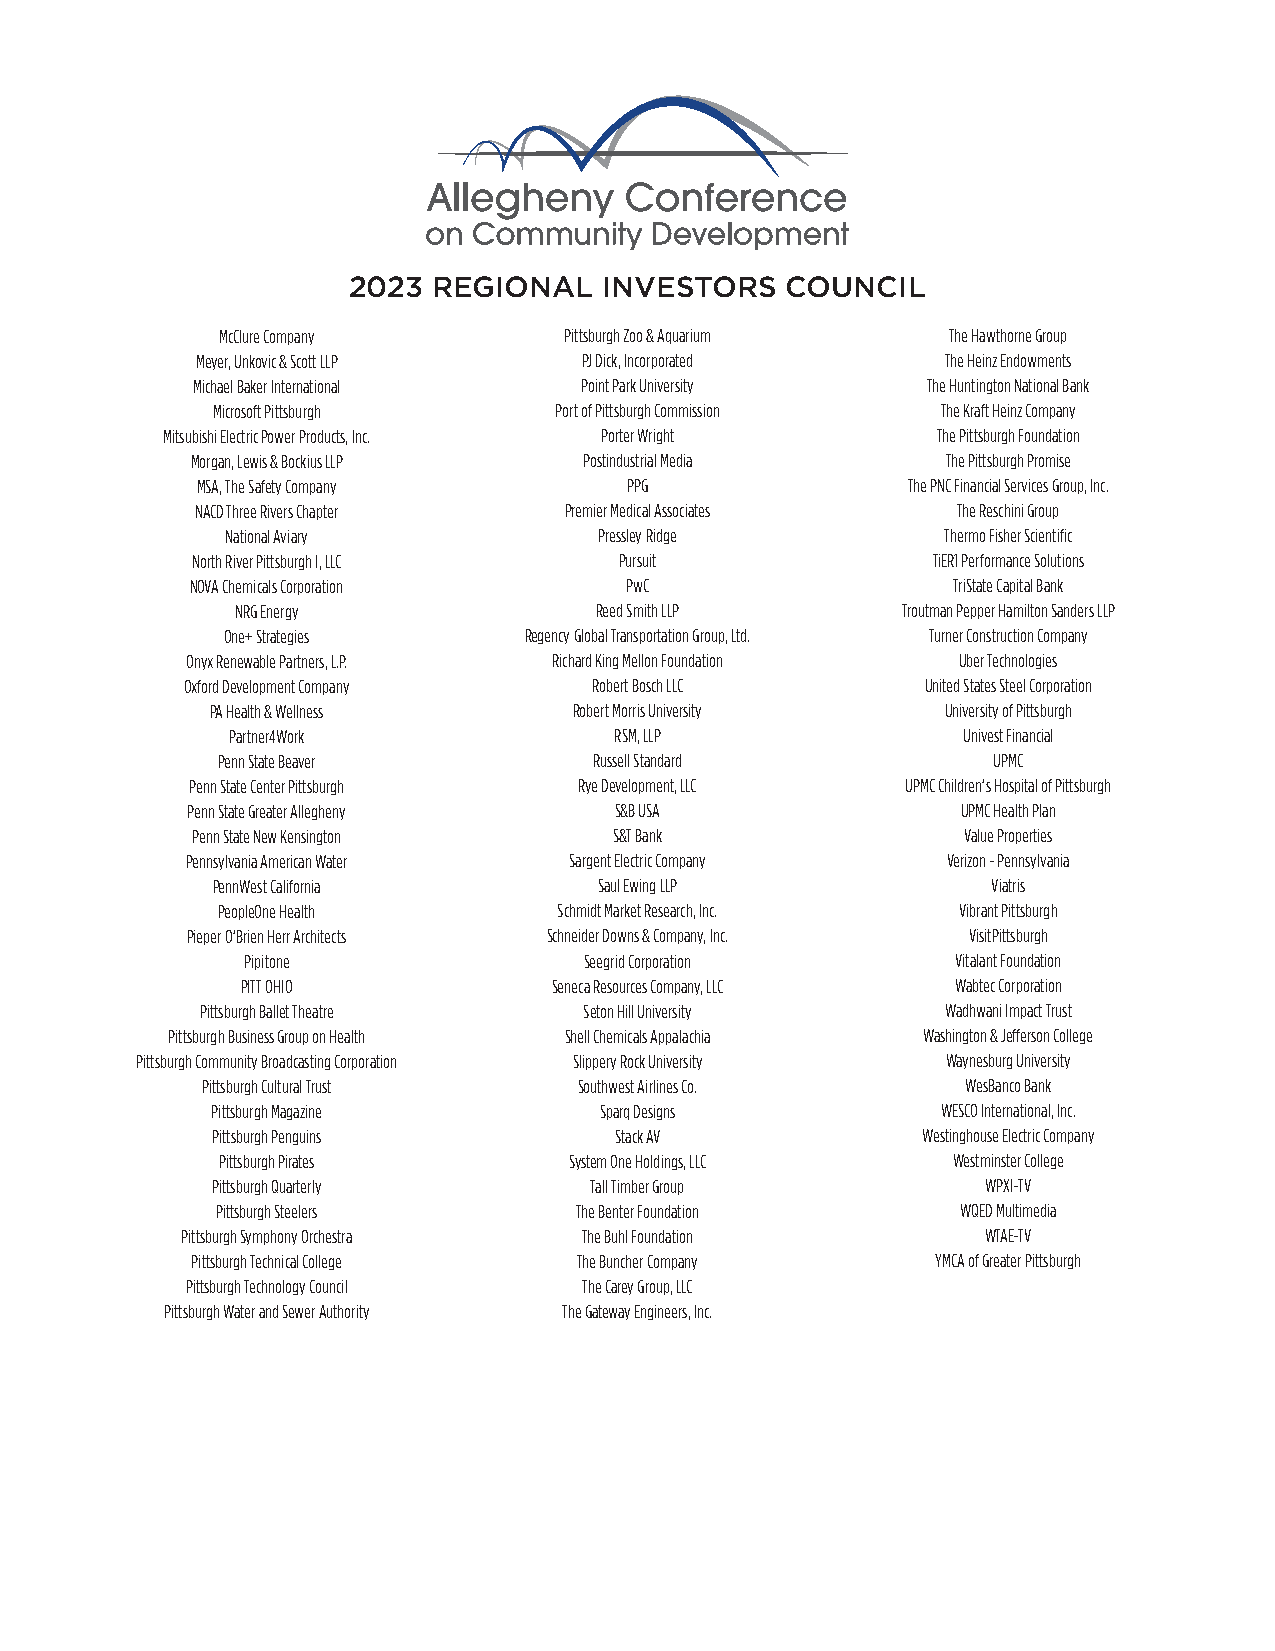
2023  REGIONAL   INVESTORS   COUNCIL
 McClure Company       Pittsburgh Zoo & Aquarium The Hawthorne Group
 Meyer, Unkovic & Scott LLP PJ Dick, Incorporated  The Heinz Endowments
 Michael Baker International Point Park University The Huntington National Bank
 Microsoft Pittsburgh   Port of Pittsburgh Commission The Kraft Heinz Company
 Mitsubishi Electric Power Products, Inc. Porter Wright The Pittsburgh Foundation
 Morgan, Lewis & Bockius LLP Postindustrial Media  The Pittsburgh Promise
 MSA, The Safety Company      PPG               The PNC Financial Services Group, Inc.
 NACD Three Rivers Chapter Premier Medical Associates The Reschini Group
 National Aviary          Pressley Ridge         Thermo Fisher Scientific
 North River Pittsburgh I, LLC Pursuit            TiER1 Performance Solutions
 NOVA Chemicals Corporation  PwC                   TriState Capital Bank
 NRG Energy             Reed Smith LLP       Troutman Pepper Hamilton Sanders LLP
 One+ Strategies     Regency Global Transportation Group, Ltd. Turner Construction Company
 Onyx Renewable Partners, L.P. Richard King Mellon Foundation Uber Technologies
 Oxford Development Company Robert Bosch LLC      United States Steel Corporation
 PA Health & Wellness    Robert Morris University University of Pittsburgh
 Partner4Work              RSM, LLP               Univest Financial
 Penn State Beaver        Russell Standard           UPMC
 Penn State Center Pittsburgh Rye Development, LLC UPMC Children’s Hospital of Pittsburgh
 Penn State Greater Allegheny S&B USA                UPMC Health Plan
 Penn State New Kensington   S&T Bank               Value Properties
 Pennsylvania American Water Sargent Electric Company Verizon - Pennsylvania
 PennWest California       Saul Ewing LLP            Viatris
 PeopleOne Health       Schmidt Market Research, Inc. Vibrant Pittsburgh
 Pieper O’Brien Herr Architects Schneider Downs & Company, Inc. VisitPittsburgh
 Pipitone               Seegrid Corporation     Vitalant Foundation
 PITT OHIO            Seneca Resources Company, LLC Wabtec Corporation
 Pittsburgh Ballet Theatre Seton Hill University   Wadhwani Impact Trust
 Pittsburgh Business Group on Health Shell Chemicals Appalachia Washington & Jefferson College
 Pittsburgh Community Broadcasting Corporation Slippery Rock University Waynesburg University
 Pittsburgh Cultural Trust Southwest Airlines Co.   WesBanco Bank
 Pittsburgh Magazine       Sparq Designs         WESCO International, Inc.
 Pittsburgh Penguins        Stack AV            Westinghouse Electric Company
 Pittsburgh Pirates      System One Holdings, LLC Westminster College
 Pittsburgh Quarterly     Tall Timber Group         WPXI-TV
 Pittsburgh Steelers     The Benter Foundation     WQED Multimedia
 Pittsburgh Symphony Orchestra The Buhl Foundation    WTAE-TV
 Pittsburgh Technical College The Buncher Company YMCA of Greater Pittsburgh
 Pittsburgh Technology Council The Carey Group, LLC
 Pittsburgh Water and Sewer Authority The Gateway Engineers, Inc.